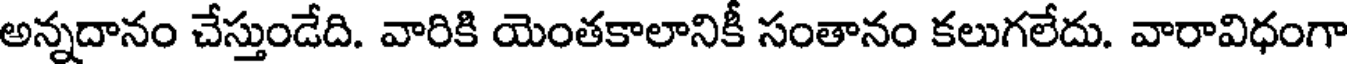
అన్నదానం చేస్తుండేది. వారికి యెంతకాలానికీ సంతానం కలుగలేదు. వారావిధంగా